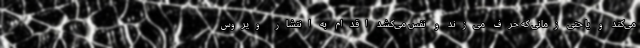
می‌کند و یا حتی زمانی که حرف می‌زند و نفس می‌کشد اقدام به انتشار ویروس